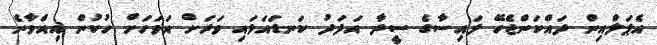
އެޕަލްއިން ދައްކަންޖެހޭ ފައިސާގެ ސީދާ އަދަދު ކަނޑައަޅައި ވަރަށް އަވަހަށް ހުކުން އިއްވާނެ